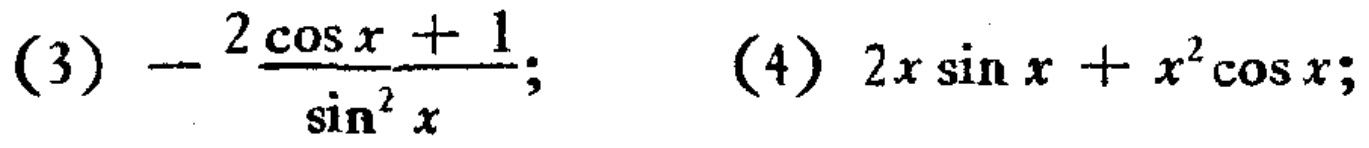
(3) \(-\frac{2\cos x + 1}{\sin^{2}x}\); (4) \(2x\sin x + x^{2}\cos x\)